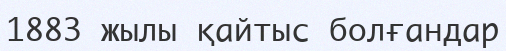
1883 жылы қайтыс болғандар